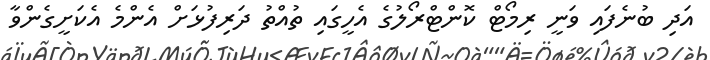
އަދި ބުނެފައި ވަނީ ރިމޯޓް ކޮންޓްރޯލުގެ އެހީގައި ތުއްތު ދަރިފުޅަށް އެންމެ އެކަށީގެންވާ